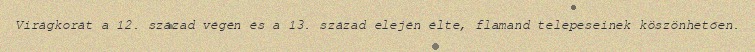
Virágkorát a 12. század végén és a 13. század elején élte, flamand telepeseinek köszönhetően.